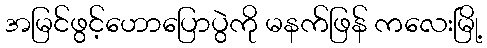
အမြင်ဖွင့်ဟောပြောပွဲကို မနက်ဖြန် ကလေးမြို့